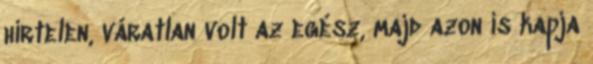
hirtelen, váratlan volt az egész, majd azon is kapja